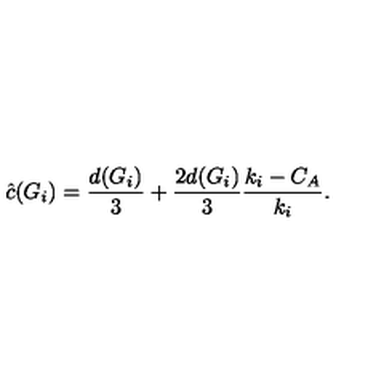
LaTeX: \hat { c } ( G _ { i } ) = \frac { d ( G _ { i } ) } { 3 } + \frac { 2 d ( G _ { i } ) } { 3 } \frac { k _ { i } - C _ { A } } { k _ { i } } .